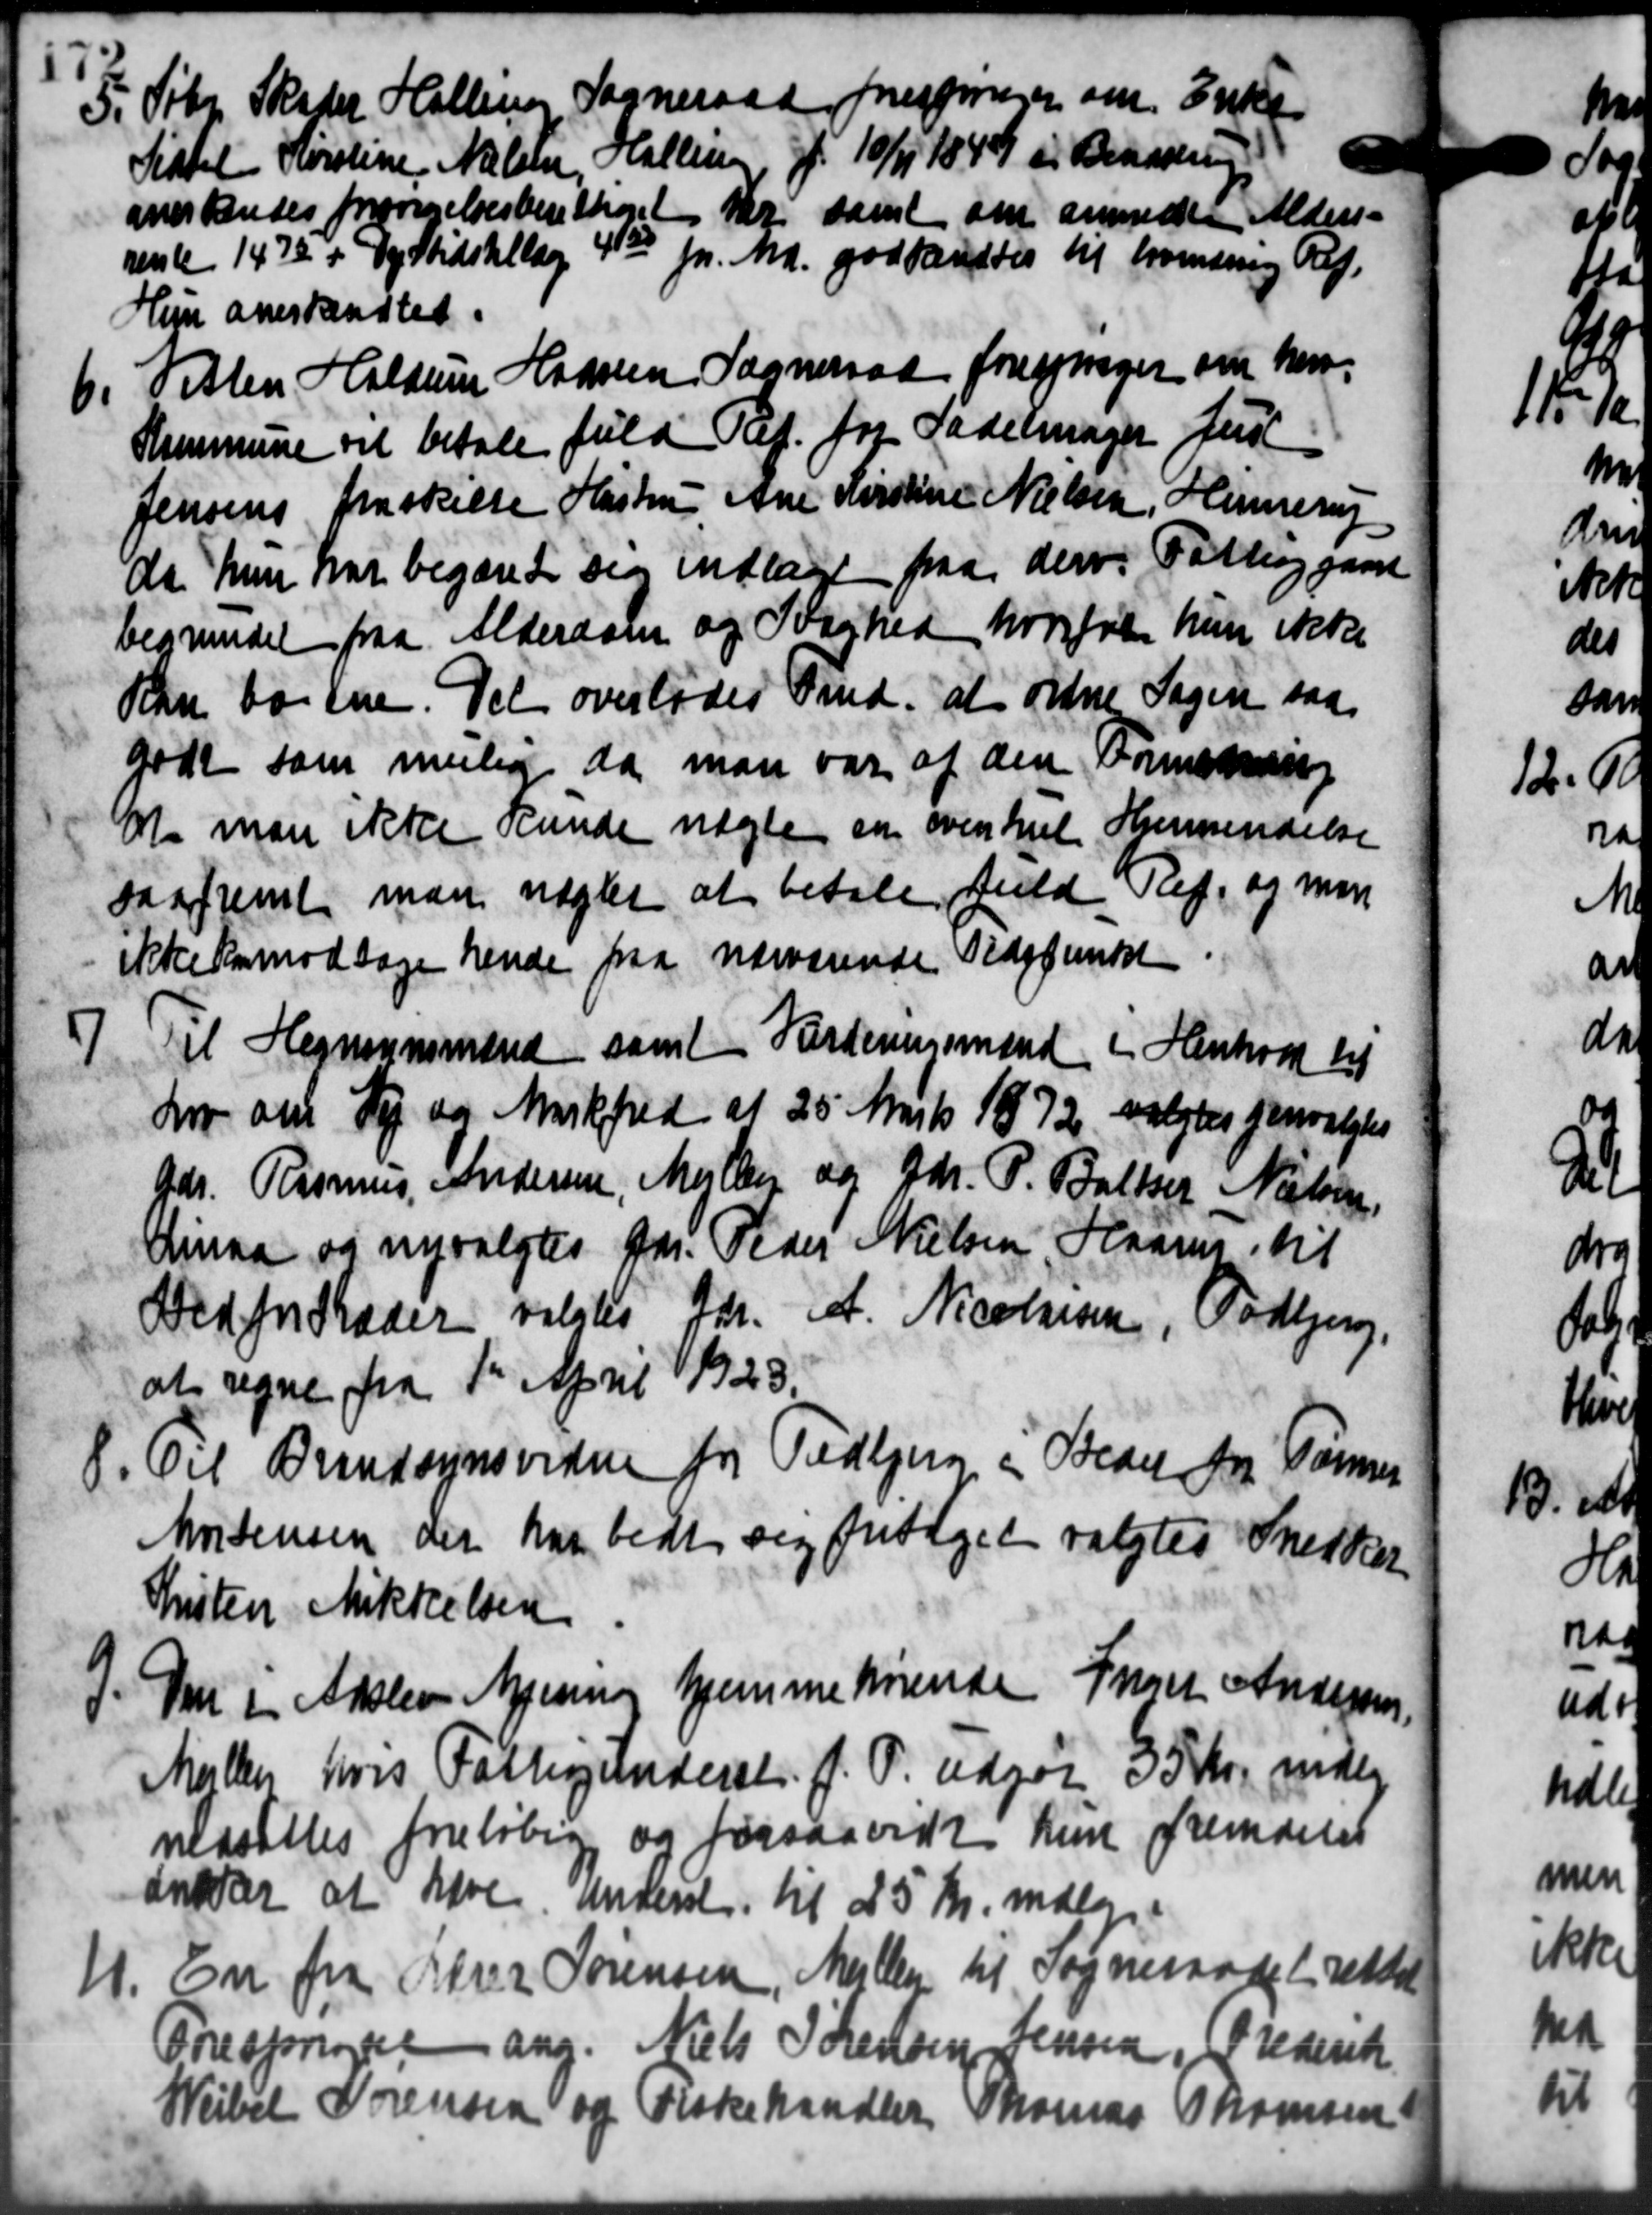
Transskription:
P. Febr. Skader Halling Sogneraad foresager om Enk
P. Febr. Skader Halling Sogneraad foresager om Enk
Sistel Kirstine Nielsen, Halling af 10/11 1849 er Benævning
anerkendes forsørgelsesberettiget her samt om anmode Alders-
rente 1472 + Dyrtidstillæg 400 pr. Md. godkendtes til komming Of.
Hyn anerkendtes.
6.
Vitten Haldum Hanssen Sogneraad forespørger om her.
Kommune vil betale fuld Ref. for Sadelmager Just
Jensens fraskille Hustru Ane Kirstine Nielsen, Hinnerup
da hun har begæret sig indlagt paa der Fattiggaard
begrundet paa Alderdom og Svaghed, hvorfor hun ikke
Kan bogene. Det overlodes Fmd. at ordne Sagen saa
godt som mulig da man var af den Formskning
at man ikke kunde nægte om overkil Hjemsendelse
saafremt man nægtet at betale fuld Ret, og man
ikke Anmodtage hende faa nærværende Tidspunkt

Til Hegnsynsmænd samt Vurderingsmænd i Henhold til
Lov om Vej og Markfred af 25' Marts 1872 valgtes genvalgtes
Gdr. Rasmus Andersen, Mejlby og Gdr. P. Baltzer Nielsen,
Linaa og nyvalgtes Gdr. Peder Nielsen, Haarus til
Stedforstæder valgtes Gdr. A. Nicolsen, Todbjerg
at regne fra 1st April 1923.
8. Til Brandsynsvidne for Todbjerg i Steder fra Tømrer
8. Til Brandsynsvidne for Todbjerg i Steder fra Tømrer
Mortensen der har bedt sig fritaget valgtes Snedker
Kristen Mikkelsen
7. Den i Adslev Mjening hjemmehørende Snart Andersen,
7. Den i Adslev Mjening hjemmehørende Snart Andersen,
Malker, hvis Fattigunderst. J. P. udgør 35 Kr. mdlg.
nedsattes foreløbig og forsaavidt kun fremdeles
anter at have underst. til 25 Kr. mdlg.
11. En fra Lærer Sørensen, Meller til Sogneraadet rettel
11. En fra Lærer Sørensen, Meller til Sogneraadet rettel
Onespriser ang. Niels Sørensen Jensen, (Frederik
Weibel Sørensen og Fiskehandler Thomas Thomsen